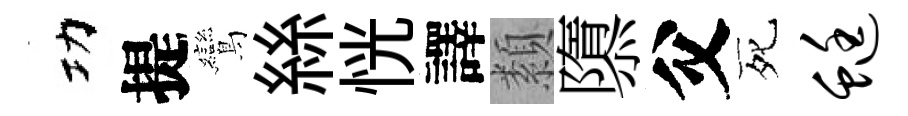
功提鸞絲恍譯纇隳父死蜓